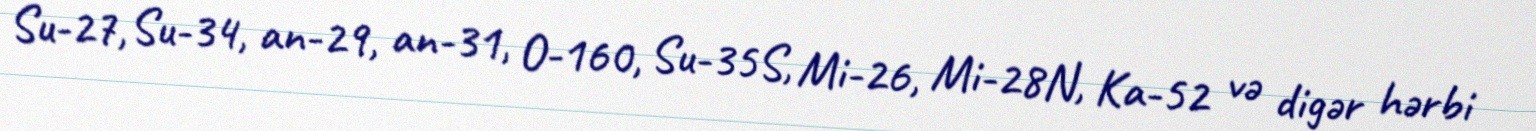
Su-27, Su-34, an-29, an-31, O-160, Su-35S, Mi-26, Mi-28N, Ka-52 və digər hərbi